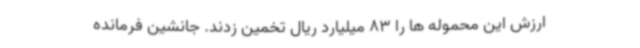
ارزش این محموله ها را 83 میلیارد ریال تخمین زدند. جانشین فرمانده